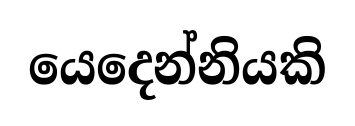
යෙදෙන්නියකි